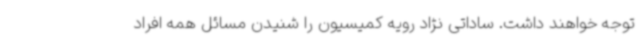
توجه خواهند داشت. ساداتی نژاد رویه کمیسیون را شنیدن مسائل همه افراد